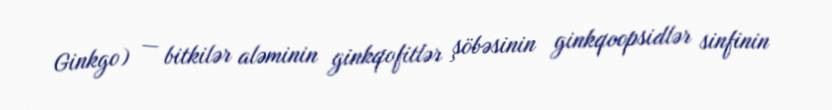
Ginkgo) — bitkilər aləminin ginkqofitlər şöbəsinin ginkqoopsidlər sinfinin